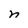
Character: n